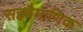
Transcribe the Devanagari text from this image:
सहवैमाणिक